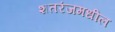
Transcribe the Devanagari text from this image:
शतरंजमधील